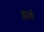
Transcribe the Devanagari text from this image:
हळे